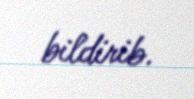
bildirib.